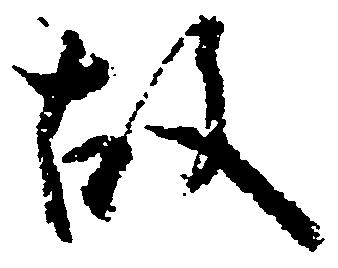
故